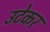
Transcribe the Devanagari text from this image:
उटेकर